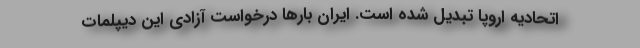
اتحادیه اروپا تبدیل شده است. ایران بارها درخواست آزادی این دیپلمات